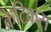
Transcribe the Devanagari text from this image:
क्रेटिकस